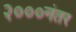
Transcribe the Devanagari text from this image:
२०००नंतर